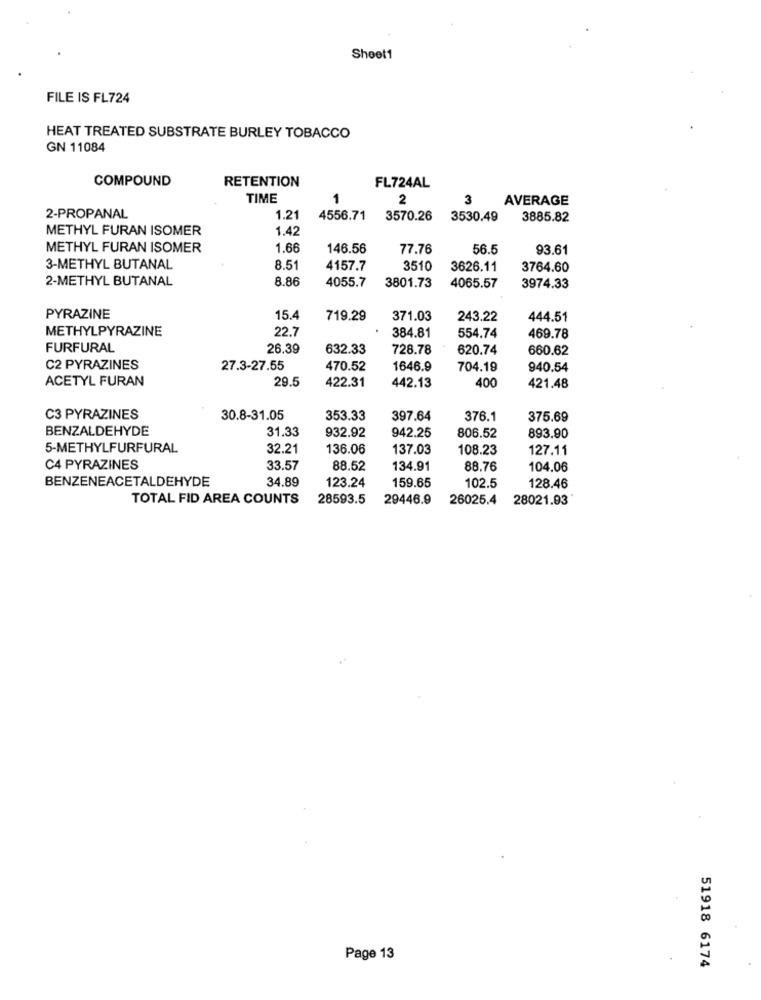
Sheet1
FILE IS FL724
HEAT TREATED SUBSTRATE BURLEY TOBACCO
GN 11084
COMPOUND
RETENTION
FL724AL
TIME
1
2
3
AVERAGE
2-PROPANAL
1.21
4556.71
3570.26
3530.49
3885.82
METHYL FURAN ISOMER
1.42
METHYL FURAN ISOMER
1.66
146.56
77.76
56.5
93.61
3-METHYL BUTANAL
8.51
4157.7
3510
3626.11
3764.60
2-METHYL BUTANAL
8.86
4055.7
3801.73
4065.57
3974.33
PYRAZINE
15.4
719.29
371.03
243.22
444.51
METHYLPYRAZINE
22.7
384.81
554.74
469.78
FURFURAL
26.39
632.33
728.78
620.74
660.62
C2 PYRAZINES
27.3-27.55
470.52
1646.9
704.19
940.54
ACETYL FURAN
29.5
422.31
442.13
400
421.48
C3 PYRAZINES
30.8-31.05
353.33
397.64
376.1
375.69
BENZALDEHYDE
31.33
932.92
942.25
806.52
893.90
5-METHYLFURFURAL
32.21
136.06
137.03
108.23
127.11
C4 PYRAZINES
33.57
88.52
134.91
88.76
104.06
BENZENEACETALDEHYDE
34.89
123.24
159.65
102.5
128.46
TOTAL FID AREA COUNTS
28593.5
29446.9
26025.4
28021.93
Page 13
51918 6174